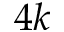
4 k